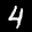
Label: 4